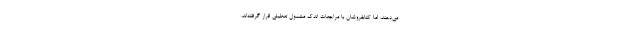
می‌دهند، اما کتابفروشان با مراجعات اندک مشمول تعطیلی قرار گرفته‌اند،